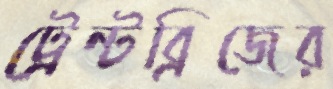
ট্রেন্টব্রিজের